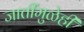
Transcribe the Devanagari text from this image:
जातींमुळेही